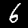
Digit: 6